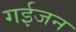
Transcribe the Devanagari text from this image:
गईजन